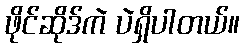
ဖိုင်ဆိုဒ်ကဲ ပဲရှိပါတယ်။